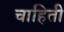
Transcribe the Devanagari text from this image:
चाहिती